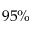
9 5 \%